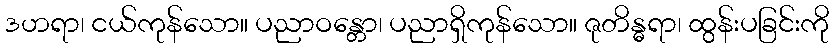
ဒဟရာ၊ ငယ်ကုန်သော။ ပညာဝန္တော၊ ပညာရှိကုန်သော။ ဇုတိန္ဓရာ၊ ထွန်းပခြင်းကို